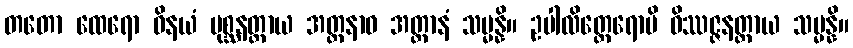
တတော ထေရော ဝိနယံ ပုစ္ဆနတ္ထာယ အတ္တနာဝ အတ္တာနံ သမ္မန္နိ။ ဥပါလိတ္ထေရောပိ ဝိဿဇ္ဇနတ္ထာယ သမ္မန္နိ။